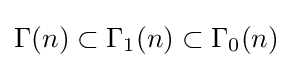
\Gamma (n)\subset \Gamma _{1}(n)\subset \Gamma _{0}(n)